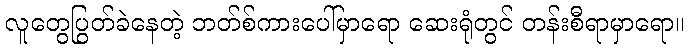
လူတွေပြွတ်ခဲနေတဲ့ ဘတ်စ်ကားပေါ်မှာရော ဆေးရုံတွင် တန်းစီရာမှာရော။